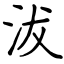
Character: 沷